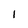
Character: 1